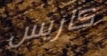
كاريس